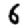
Digit: 6